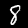
Label: 8